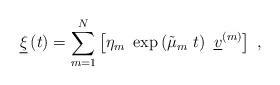
LaTeX: \begin{align*}\underline{\xi }\left( t\right) =\sum_{m=1}^{N}\left[ \eta _{m}~\exp \left( \tilde{\mu}_{m}~t\right) ~\underline{v}^{\left( m\right) }\right] ~,\end{align*}